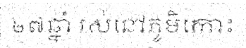
២៧ឆ្នាំ រស់នៅភូមិកោះ